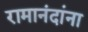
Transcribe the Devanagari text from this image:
रामानंदांना